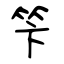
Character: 笇